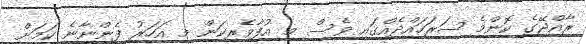
ރާއްޖޭގެ ކޮންމެ ސަރަހައްދެއްގައި ވެސް މި އުފާވެރިކަން މި އަހަރު ފެންނާނެ ކަމަށް